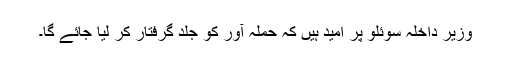
وزیر داخلہ سوئلو پر امید ہیں کہ حملہ آور کو جلد گرفتار کر لیا جائے گا۔